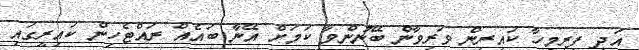
އަދި ފިރިމީހާ ކައިރިން ވަރިވާން ބޭނުންވާ ކަމަށް އޭނާ ބައެއް ރައްޓެހިން ކައިރީގައި